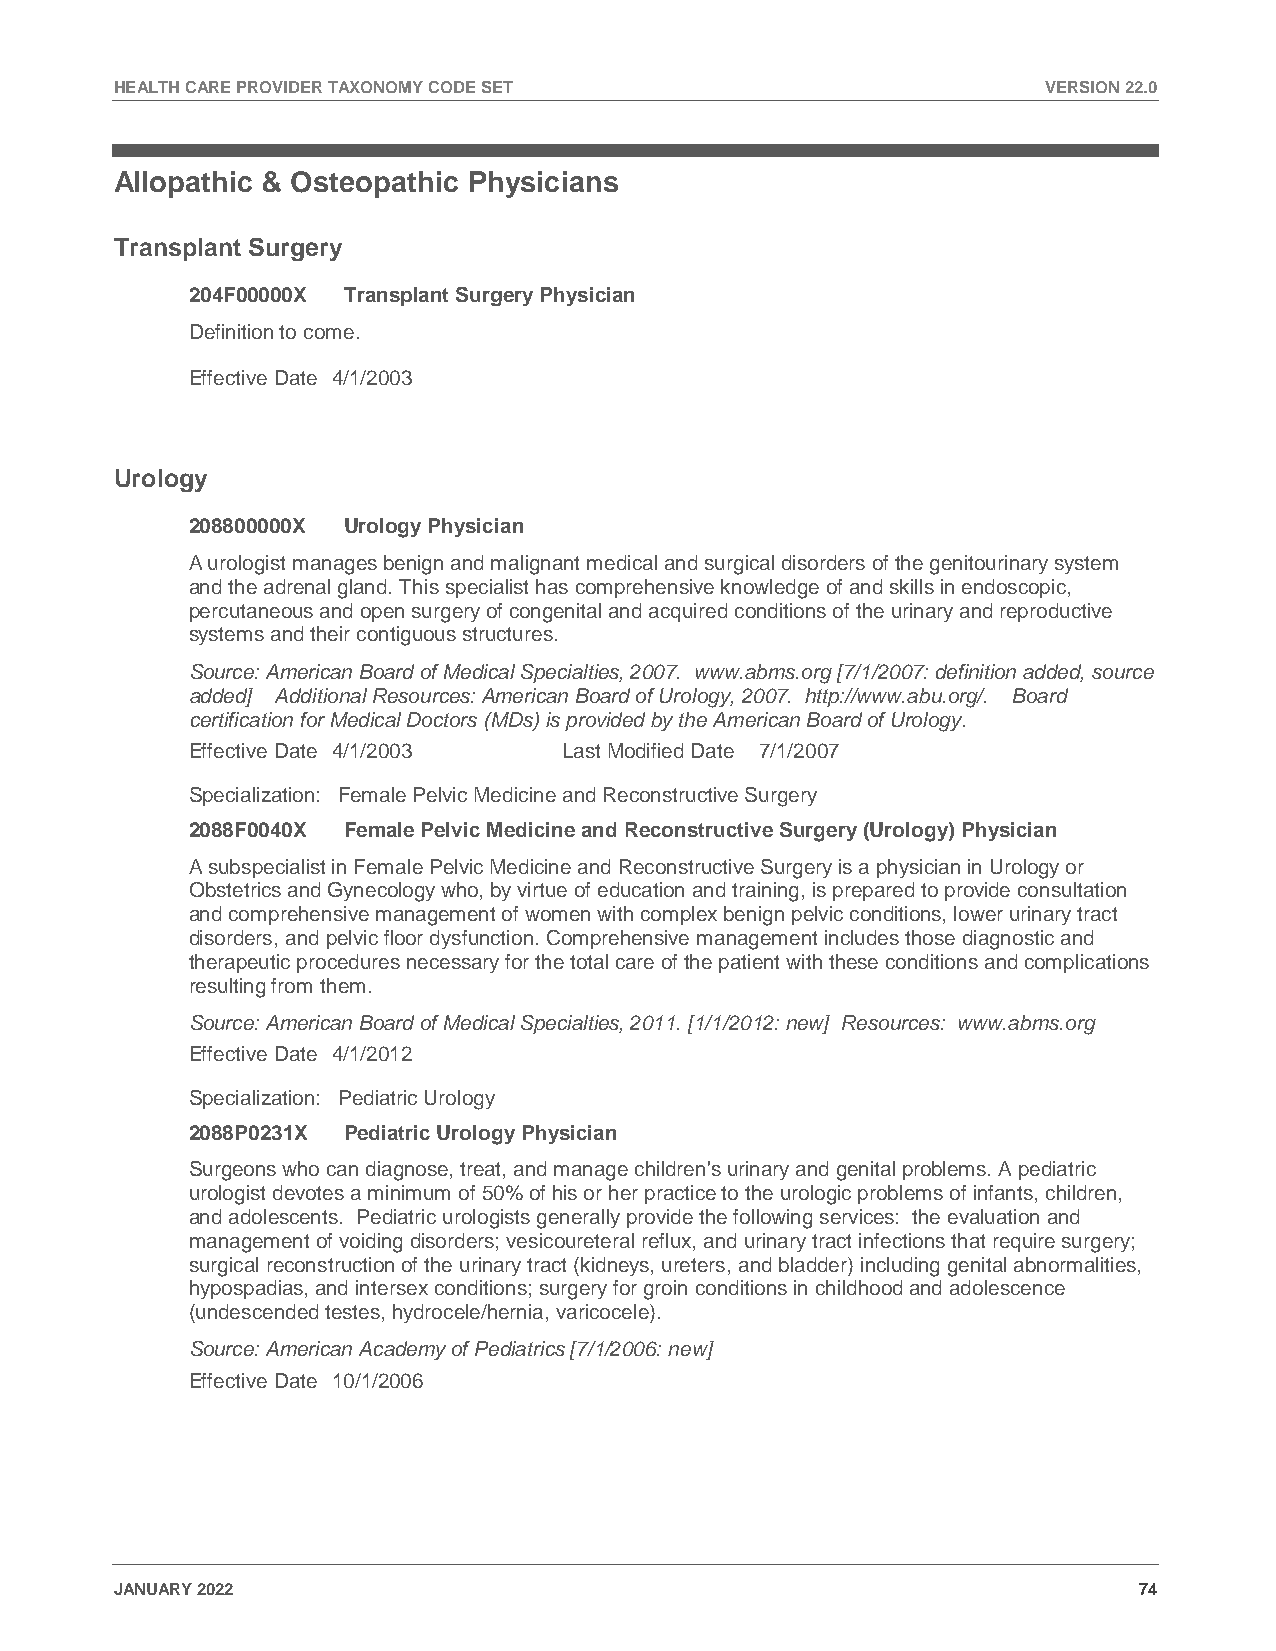
HEALTH CARE PROVIDER TAXONOMY CODE SET                       VERSION 22.0
 Allopathic & Osteopathic Physicians
 Transplant Surgery
 204F00000X Transplant Surgery Physician
 Definition to come.
 Effective Date 4/1/2003
 Urology
 208800000X Urology Physician
 A urologist manages benign and malignant medical and surgical disorders of the genitourinary system
 and the adrenal gland. This specialist has comprehensive knowledge of and skills in endoscopic,
 percutaneous and open surgery of congenital and acquired conditions of the urinary and reproductive
 systems and their contiguous structures.
 Source: American Board of Medical Specialties, 2007. www.abms.org [7/1/2007: definition added, source
 added] Additional Resources: American Board of Urology, 2007. http://www.abu.org/. Board
 certification for Medical Doctors (MDs) is provided by the American Board of Urology.
 Effective Date 4/1/2003  Last Modified Date 7/1/2007
 Specialization: Female Pelvic Medicine and Reconstructive Surgery
 2088F0040X Female Pelvic Medicine and Reconstructive Surgery (Urology) Physician
 A subspecialist in Female Pelvic Medicine and Reconstructive Surgery is a physician in Urology or
 Obstetrics and Gynecology who, by virtue of education and training, is prepared to provide consultation
 and comprehensive management of women with complex benign pelvic conditions, lower urinary tract
 disorders, and pelvic floor dysfunction. Comprehensive management includes those diagnostic and
 therapeutic procedures necessary for the total care of the patient with these conditions and complications
 resulting from them.
 Source: American Board of Medical Specialties, 2011. [1/1/2012: new] Resources: www.abms.org
 Effective Date 4/1/2012
 Specialization: Pediatric Urology
 2088P0231X Pediatric Urology Physician
 Surgeons who can diagnose, treat, and manage children's urinary and genital problems. A pediatric
 urologist devotes a minimum of 50% of his or her practice to the urologic problems of infants, children,
 and adolescents. Pediatric urologists generally provide the following services: the evaluation and
 management of voiding disorders; vesicoureteral reflux, and urinary tract infections that require surgery;
 surgical reconstruction of the urinary tract (kidneys, ureters, and bladder) including genital abnormalities,
 hypospadias, and intersex conditions; surgery for groin conditions in childhood and adolescence
 (undescended testes, hydrocele/hernia, varicocele).
 Source: American Academy of Pediatrics [7/1/2006: new]
 Effective Date 10/1/2006
 JANUARY 2022                                                       74